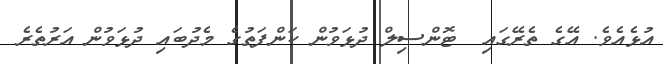
އުޅެއެވެ. އޭގެ ތެރޭގައި  ޓޮންސިލް ދުޅަވުން ކަންފަތުގެ މެދުބައި ދުޅަވުން އަރުތެރެ